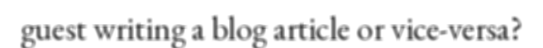
guest writing a blog article or vice-versa?